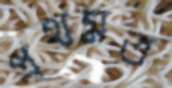
প্রথমত